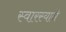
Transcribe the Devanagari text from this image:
स्वारस्याने